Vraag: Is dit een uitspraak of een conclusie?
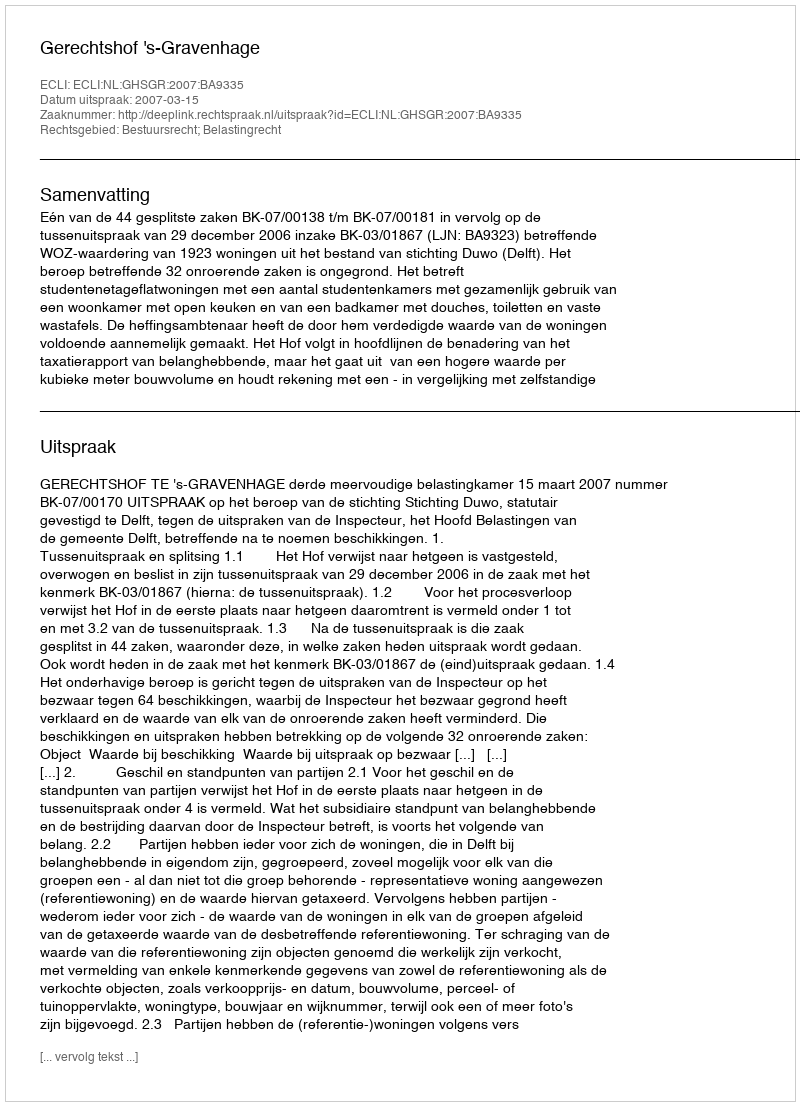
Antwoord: Uitspraak